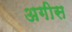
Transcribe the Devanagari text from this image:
अगीस